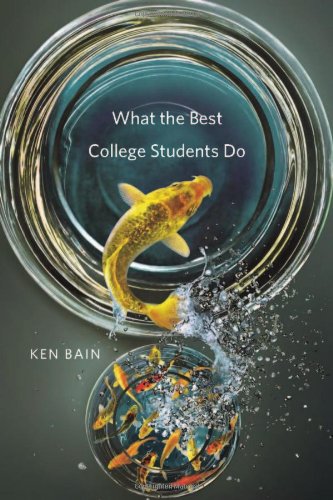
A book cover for What the Best College Students Do; Ken Bain; Test Preparation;